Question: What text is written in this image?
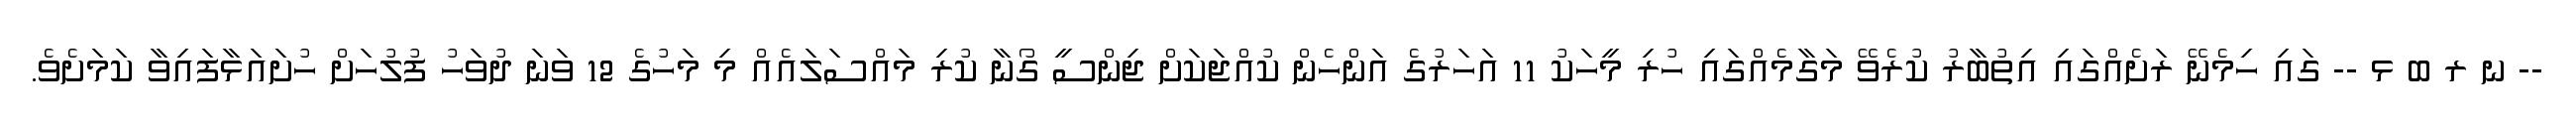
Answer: -- ނ ރ ބ ޅ -- ގައި ހިމެނޭ ރަށެއްގައި އިތުބާރު ކުރެވޭ މަގާމެއްގައި ހުރި މީހަކު 11 އަހަރުގެ އަންހެން ކުއްޖަކަށް ޖިންސީ ގޯނާ ކުރި މައްސަލައެއް މި މަހުގެ 12 ވަނަ ދުވަހު ފުލުހަށް ހުށައަޅާފައިވާ ކަމަށެވެ.